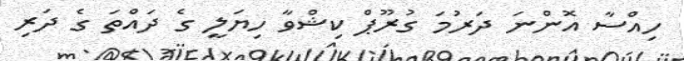
ހިއްސާ އޮންނަ ދަރުމަ ގުރޫޕް ކިޝްވާ ހިޔަލީ ގެ ދައްތަ ގެ ދަރި